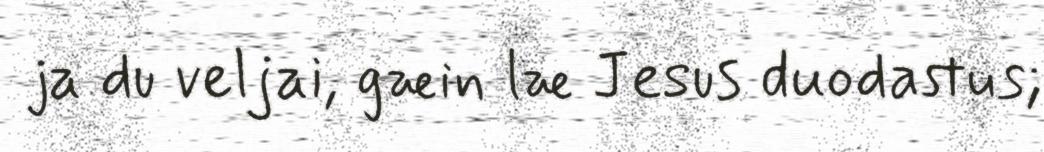
ja du veljai, gæin læ Jesus duodastus;